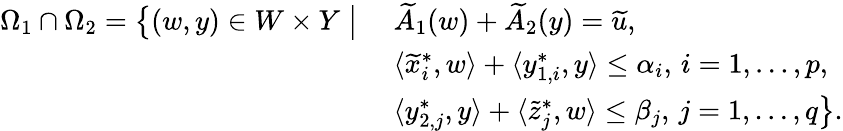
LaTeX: \begin{array}{r}{\begin{array}{ll}{\Omega_{1}\cap\Omega_{2}=\big\{ (w,y)\in W\times Y\; \big|\; }&{\widetilde{A}_{1}(w)+\widetilde{A}_{2}(y)=\widetilde{u},}\\ &{\langle\widetilde{x}_{i}^{*},w\rangle+\langle y_{1,i}^{*},y\rangle\leq\alpha_{i},\, i=1,\ldots,p,}\\ &{\langle y_{2,j}^{*},y\rangle+\langle\widetilde{z}_{j}^{*},w\rangle\leq\beta_{j},\, j=1,\ldots,q\big\} .}\end{array}}\end{array}